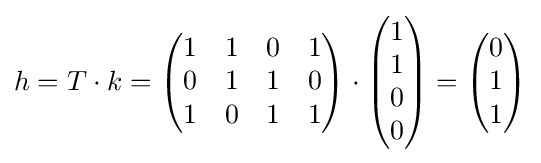
h=T\cdot k={\begin{pmatrix}1&1&0&1\\0&1&1&0\\1&0&1&1\\\end{pmatrix}}\cdot {\begin{pmatrix}1\\1\\0\\0\\\end{pmatrix}}={\begin{pmatrix}0\\1\\1\\\end{pmatrix}}